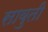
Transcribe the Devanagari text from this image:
सावुती